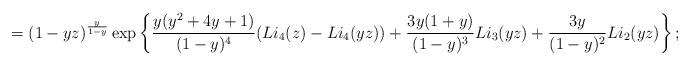
LaTeX: \begin{align*} = \left( 1-yz \right)^{\frac{y}{1-y}} \exp\left\{ \frac{y (y^2 +4y +1)}{(1-y)^4}(Li_4(z)-Li_4(yz)) + \frac{3y(1+y)}{(1-y)^3} Li_3(yz) + \frac{3y}{(1-y)^2} Li_2(yz) \right\};\end{align*}